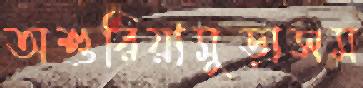
অশুরিয়ামুড়াসম